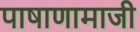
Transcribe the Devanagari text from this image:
पाषाणामाजी